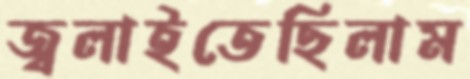
জ্বলাইতেছিলাম